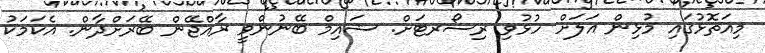
މިއަތޮޅުގައި މުޅިން އަލަށް ހުޅުވި ރިސޯރޓަށް. ޝައިމް ބޭނުންވީ ރާއްޖޭން ބޭރަށްދާން. އެކަމަކު